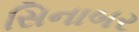
સિનાબર